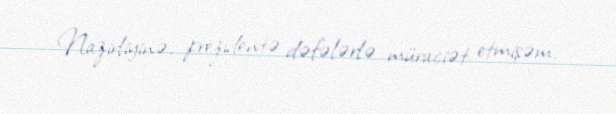
Nazirliyinə, prezidentə dəfələrlə müraciət etmişəm.